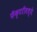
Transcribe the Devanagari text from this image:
फॅक्टरीमध्ये